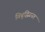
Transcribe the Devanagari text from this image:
विबृद्धिग्रस्त